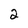
Character: 2